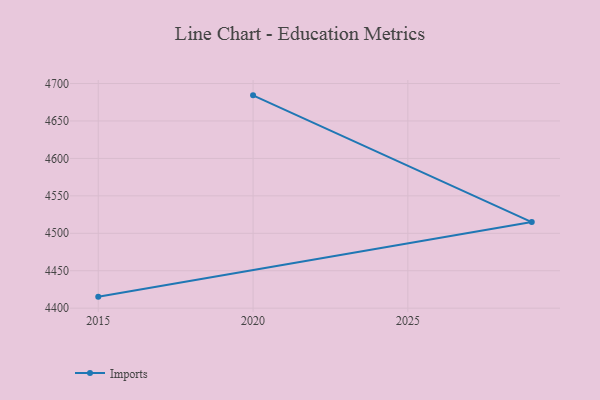
{"axis": {"x": "Year", "y": "Customer Acquisition Cost (USD)"}, "legend": ["Imports"], "data": [{"x": "2020", "y": 4684.2, "type": "Imports"}, {"x": "2029", "y": 4515.0, "type": "Imports"}, {"x": "2015", "y": 4415.4, "type": "Imports"}]}